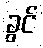
ခွင်